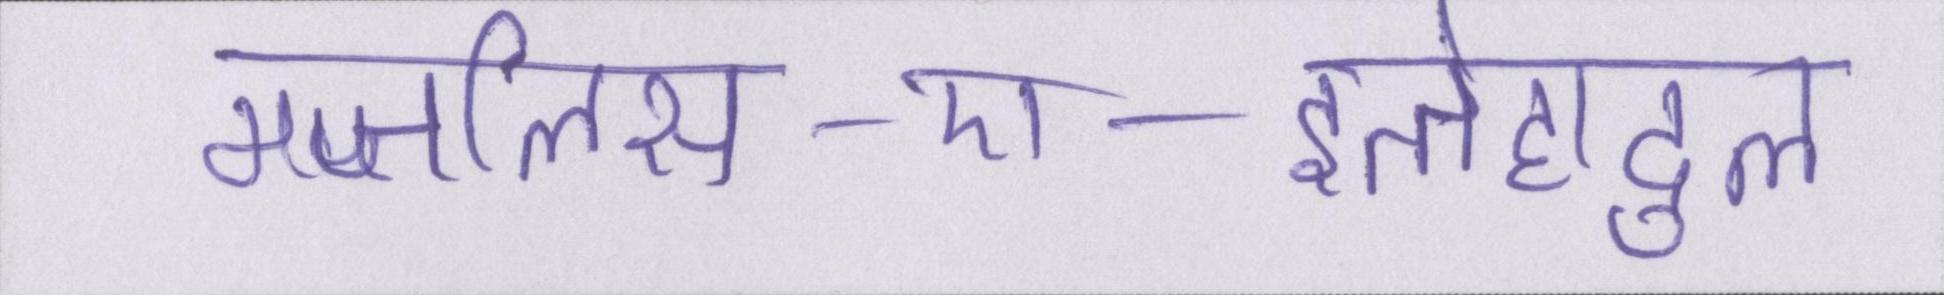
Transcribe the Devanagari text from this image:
मजलिस-ए-इत्तेहादुल